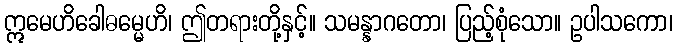
ဣမေဟိခေါဓမ္မေဟိ၊ ဤတရားတို့နှင့်။ သမန္နာဂတော၊ ပြည့်စုံသော။ ဥပါသကော၊